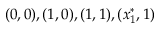
( 0 , 0 ) , ( 1 , 0 ) , ( 1 , 1 ) , ( x _ { 1 } ^ { * } , 1 )